Report of the Indian Hemp Drugs Commission, 1894-1895 - Volume II
Year: 1894
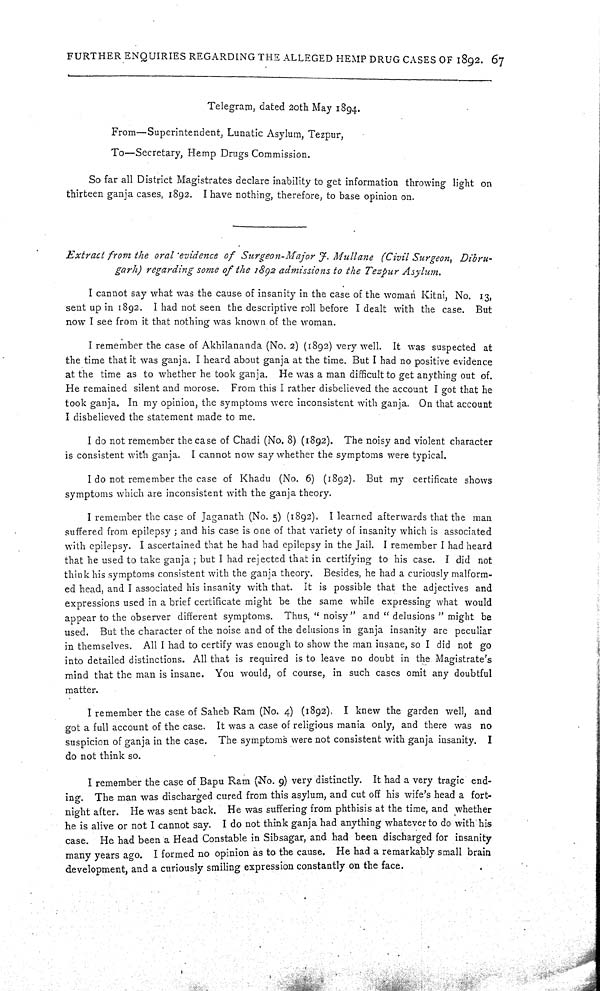
FURTHER ENQUIRIES REGARDING THE ALLEGED HEMP DRUG CASES OF 1892. 67
Telegram, dated 20th May 1894.
From—Superintendent, Lunatic Asylum, Tezpur,
To—Secretary, Hemp Drugs Commission.
So far all District Magistrates declare inability to get information throwing light on
thirteen ganja cases, 1892. I have nothing, therefore, to base opinion on.
Extract from the oral evidence of Surgeon-Major J. Mullane (Civil Surgeon, Dibru-
garh) regarding some of the 1892 admissions to the Tezpur Asylum.
I cannot say what was the cause of insanity in the case of the woman Kitni, No. 13,
sent up in 1892. I had not seen the descriptive roll before I dealt with the case. But
now I see from it that nothing was known of the woman.
I remember the case of Akhilananda (No. 2) (1892) very well. It was suspected at
the time that it was ganja. I heard about ganja at the time. But I had no positive evidence
at the time as to whether he took ganja. He was a man difficult to get anything out of.
He remained silent and morose. From this I rather disbelieved the account I got that he
took ganja. In my opinion, the symptoms were inconsistent with ganja. On that account
I disbelieved the statement made to me.
I do not remember the case of Chadi (No. 8) (1892). The noisy and violent character
is consistent with ganja. I cannot now say whether the symptoms were typical.
I do not remember the case of Khadu (No. 6) (1892). But my certificate shows
symptoms which are inconsistent with the ganja theory.
I remember the case of Jaganath (No. 5) (1892). I learned afterwards that the man
suffered from epilepsy; and his case is one of that variety of insanity which is associated
with epilepsy. I ascertained that he had had epilepsy in the Jail. I remember I had heard
that he used to take ganja; but I had rejected that in certifying to his case. I did not
think his symptoms consistent with the ganja theory. Besides, he had a curiously malform-
ed head, and I associated his insanity with that. It is possible that the adjectives and
expressions used in a brief certificate might be the same while expressing what would
appear to the observer different symptoms. Thus, "noisy" and "delusions" might be
used. But the character of the noise and of the delusions in ganja insanity are peculiar
in themselves. All I had to certify was enough to show the man insane, so I did not go
into detailed distinctions. All that is required is to leave no doubt in the Magistrate's
mind that the man is insane. You would, of course, in such cases omit any doubtful
matter.
I remember the case of Saheb Ram (No. 4) (1892). I knew the garden well, and
got a full account of the case. It was a case of religious mania only, and there was no
suspicion of ganja in the case. The symptoms were not consistent with ganja insanity. I
do not think so.
I remember the case of Bapu Ram (No. 9) very distinctly. It had a very tragic end-
ing. The man was discharged cured from this asylum, and cut off his wife's head a fort-
night after. He was sent back. He was suffering from phthisis at the time, and whether
he is alive or not I cannot say. I do not think ganja had anything whatever to do with his
case. He had been a Head Constable in Sibsagar, and had been discharged for insanity
many years ago. I formed no opinion as to the cause. He had a remarkably small brain
development, and a curiously smiling expression constantly on the face.